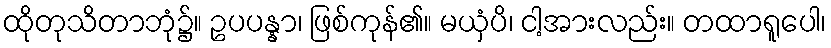
ထိုတုသိတာဘုံ၌။ ဥပပန္နာ၊ ဖြစ်ကုန်၏။ မယှံပိ၊ ငါ့အားလည်း။ တထာရူပေါ၊